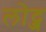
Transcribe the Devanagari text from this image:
लोट्ज